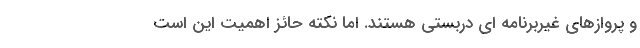
و پروازهای غیربرنامه ای دربستی هستند. اما نکته حائز اهمیت این است